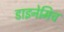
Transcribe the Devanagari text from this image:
डाइनेमिच